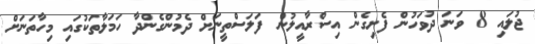
ޖުލައި 8 ވަނަ ދުވަހުން ފެށިގެން އިސްރާއީލުން ފަލަސްތީނަށް ދެމުންގެންދާ ހަމަލާތަކުގައި މިހާތަނަށް